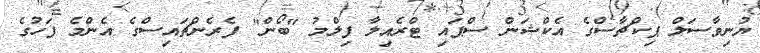
ޔުނިވާސަލް ޕިކްޗާސްގެ އެކްޝަން ސްޕައި ޓްރެއިލާ ފިލްމު "ބޯން" ފެރެންޗައިސްގެ އެންމެ ފަހުގެ